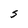
Character: 5